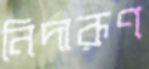
নিদারূণ